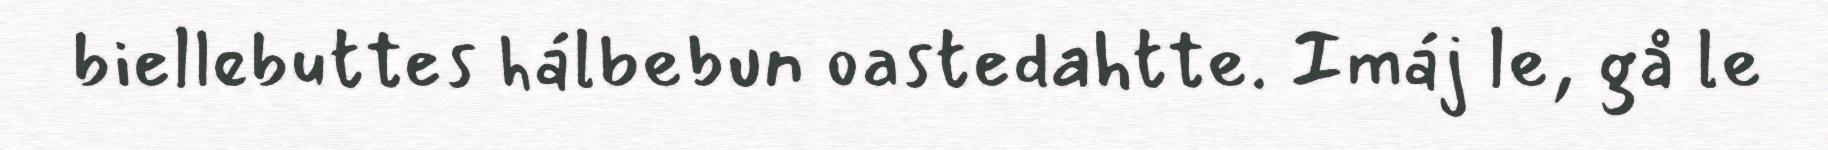
biellebuttes hálbebun oastedahtte. Imáj le, gå le